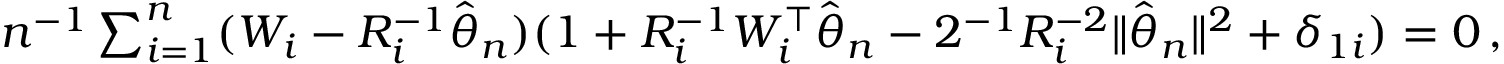
\begin{array} { r l r } & { } & { n ^ { - 1 } \sum _ { i = 1 } ^ { n } ( W _ { i } - R _ { i } ^ { - 1 } \hat { { \boldsymbol \theta } } _ { n } ) ( 1 + R _ { i } ^ { - 1 } W _ { i } ^ { \top } \hat { { \boldsymbol \theta } } _ { n } - 2 ^ { - 1 } R _ { i } ^ { - 2 } \| \hat { { \boldsymbol \theta } } _ { n } \| ^ { 2 } + \delta _ { 1 i } ) = 0 \, , } \end{array}